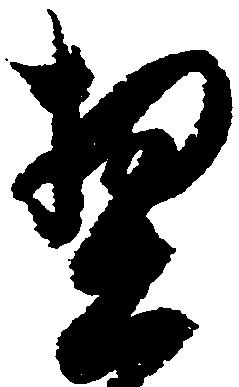
契